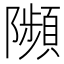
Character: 𨽗